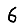
Digit: 6